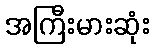
အကြီးမားဆုံး